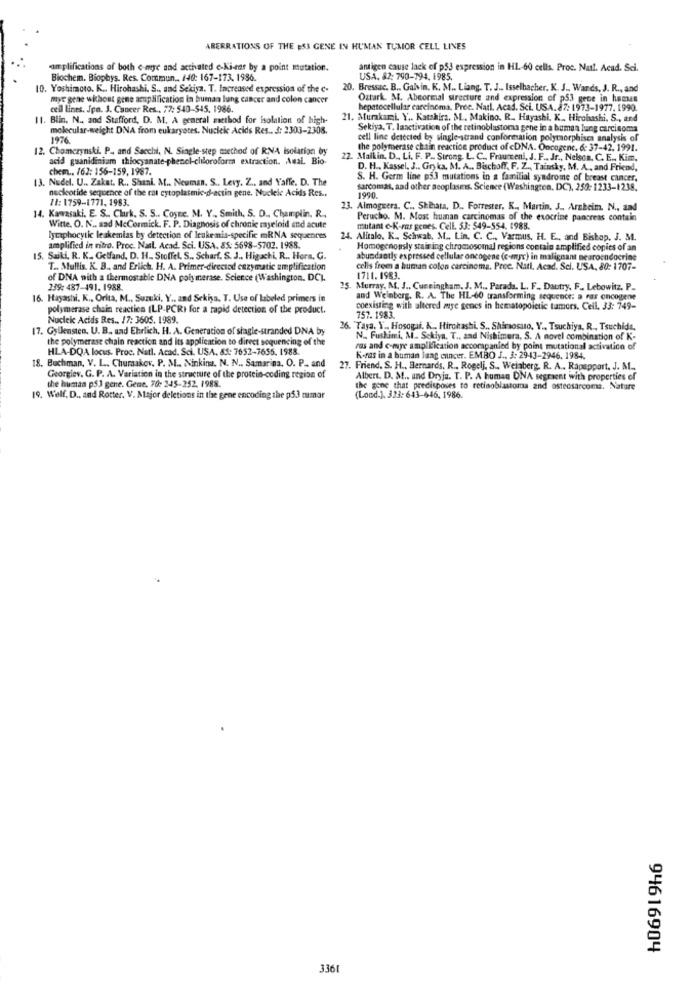
ABERRATIONS OF THE ES3 GENE IN HUMAN TUMOR CELL LINES
am plifications of both e-mye and acthated e-ki-ear by a point mutation.
antigen cause lack of p53 expression in HL-60 cells. Proc. Nat !. Acad. Sci.
Biochem. Biophys. Res. Commun .. 140: 167-173. 1986.
USA. 82: 790-794. 1985.
10. Yoshimoto. K .. Hirohashi. S ., and Sekiya. T. Increased expression of the c.
20. Bressac. B ., Galvin, K. M .. Liang. T. J .. Isselbacher. K. J ., Wands, J. R ., and
mive gene without gene amplification In buman lung cancer and colon cancer
Oztark. M. Abeormal strecture and expression of p53 gene in human
cell lines. Jpn. 3. Cancer Res ., 77: 540-545. 1986.
hepatocellular carcinoma. Pree. Natl. Acad. Sci. USA. 87: 1973-1977. 1990.
11. Blin. N ., and Stafford, D. M. A general method for isolation of high-
21. Murakami. Y .. Katahira. M .. Makino. R. Hayashi. K. Hirohashi. S ., and
molecular-weight DNA from eukaryotes. Nucleic Acids Res .. : 2303-2308.
Sekiya, T. laactivation of the retinoblastoma gene in a human lung carcinoma
1976.
cell line detected by single-strand conformation polymorphises analysis of
12. Chomczynski. P. and Sacchi, N. Single-step method of RNA Isolation by
the polymerase chain reaction product of cDNA. Oncogene. 6: 37-42. 1991.
acid guanidiniam thiocyanate-phenel-chloroform extraction. AmaL. Bio-
22. Maikin. D ., Li. F. P. Strong. L. C ., Fraumeni, J. F ., Jr ., Nelson. C. E ., Kim.
chem .. /62: 156-159, 1987.
D. H ., Kassel, J ., Gry ka, M. A ., Bischoff, F. Z ., Tainsky, M. A ., and Friend,
13. Nudel. U .. Zakat. R ., Shani. M .. Neuman. S ., Levy. Z .. and Yaffe. D. The
S. H. Germ line p53 mutations in a familial syndrome of breast cancer,
nucleotide sequence of the rat cytoplasmic-d-actin gene. Nucleic Acids Res ..
sarcomas, aad other neoplasms. Science (Washington, DC), 250:1233-1238.
11: 1759-1771. 1983.
1990.
23. Almoguera. C ., Sheata, D .. Forrester. K ., Martin. J ., Arabeim. N ., and
14. Kawasaki. E. S ., Clark. S. S .. Coyne. M. Y ., Smith, S. D ., Champlin. R.
Perucho. M. Most human carcinomas of the exocrine pancreas contain
Witte. O. N .. sad McCormick. F. P. Diagnosis of chronic rayeloid and acute
mutant e-K-mas genes. Cell. 53: 549-554. 1988.
lymphocytic leukemias by detection of leukemia-specific mRNA sequences
24. Alitalo. K .. Schwab. M .. Lin. C. C ., Varmus, H. E ., and Bishop, J. M.
amplified in ritro. Proc. Nasl. Acad. Sci. USA. 85: 5598-5702. 1988.
Homogenously stain ing chromosomal regions contain amplified copies of an
15. Saiki, R. K. Gelfand, D. H .. Stoffel. S ., Scharf. S. J .. Higachi, R .. Hora. G.
abundantly expressed cellular oncogene (c-anyr) in malignant neuroendocrine
T .. Mullis. K. B ., and Erlich. H. A. Primer-directod enzymatic amplification
cells from a human colon carcinoma. Proe. Natl. Acad. Sci. USA, 80: 1707-
of DNA with a thermostable DNA polymerase. Science (Washington, DC).
1711.1983.
239: 487-491. 1988.
25. Murray, M. J ., Cunningham, J. M ., Parada. L. F. Dautry, F .. Lebowitz. P.
16. Hayashi, K ., Orita, M ., Suzuki, Y .. and Sckişa. T. Use of labeled primers in
and Welnberg. R. A. The HL-60 transforming sequence; a ras oncogene
polymerase chain reaction (LP-PCRI for a rapid detection of the product.
coexisting with altered mye genes in hematopoietic tumors. Cell. 33: 749-
Nucleic Acids Res .. 17: 3605. 1989.
757. 1983.
17. Gyllensten, U. B. and Ehrlich. H. A. Generation of siagle-stranded DNA by
Taya. V .. Hosogai, K ... Hirohashi. S ., Shirsosuo, Y ., Tsuchiya, R ., Tsuchida,
the polymerase chain reaction and its application to direct sequencing of the
N ., Fushimi, M. Sckiya. T ., sad Nishimera, S. A novel combination of K-
HLA-DQA locus. Proc. Natl. Acad. Sci. USA. &5: 7652-7655. 1988.
ras and c-mye amplification accompanied by point mutational activation of
18. Buchman, V. L. Chumakov, P. M ., Ninking, N. N .. Samarina, O. P. and
K.ras in a human lang cancer. EMBO J ., 3: 29-43-2946. 1984.
27. Friend. S. H ., Bernards. R ., Rogelj, S ., Weinberg. R. A ., Rapappart. J. M ..
Georgiev. G. P. A. Variation in the structure of the protein-coding region of
Albert. D. M ., and Dryja. T. P. A human DNA segraent with properties of
the human p5] gene. Gene. 70: 245-252. 1988.
the gone that predisposes to retinoblastoma and osteosarcoma. Nature
19. Wolf, D ., and Rotter, V. Major deletions in the gene encoding the p5.3 mimar
(Lond.]. 323: 643-646, 1986.
94616904
3361